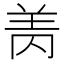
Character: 𰭘